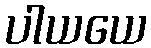
ပါယယေ